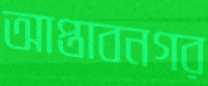
আপ্তাবনগর